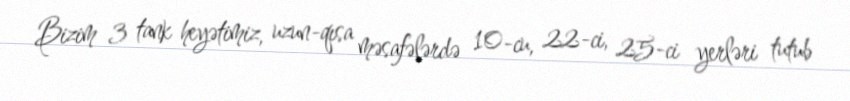
Bizim 3 tank heyətimiz, uzun-qısa məsafələrdə 10-cu, 22-ci, 25-ci yerləri tutub